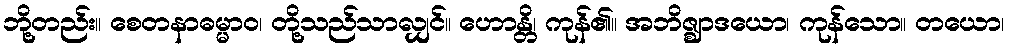
ဘို့တည်း။ စေတနာဓမ္မာဝ၊ တို့သည်သာလျှင်။ ဟောန္တိ၊ ကုန်၏။ အဘိဇ္ဈာဒယော၊ ကုန်သော။ တယော၊